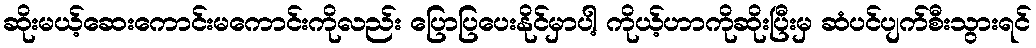
ဆိုးမယ့်ဆေးကောင်းမကောင်းကိုလည်း ပြောပြပေးနိုင်မှာပါ့ ကိုယ့်ဟာကိုဆိုးပြီးမှ ဆံပင်ပျက်စီးသွားရင်